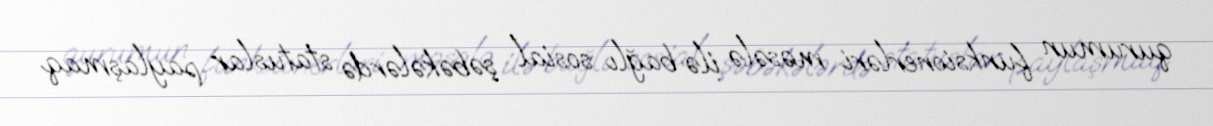
qurumun funksionerləri məsələ ilə bağlı sosial şəbəkələrdə statuslar paylaşmaq